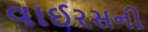
વાઈરસની